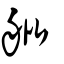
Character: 舭